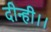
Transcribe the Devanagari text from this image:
दीन्ही।।